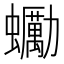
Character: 䘈